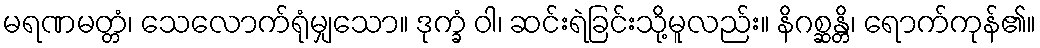
မရဏမတ္တံ၊ သေလောက်ရုံမျှသော။ ဒုက္ခံ ဝါ၊ ဆင်းရဲခြင်းသို့မူလည်း။ နိဂစ္ဆန္တိ၊ ရောက်ကုန်၏။